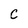
Character: C